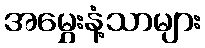
အမွှေးနံ့သာများ